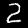
Label: 2